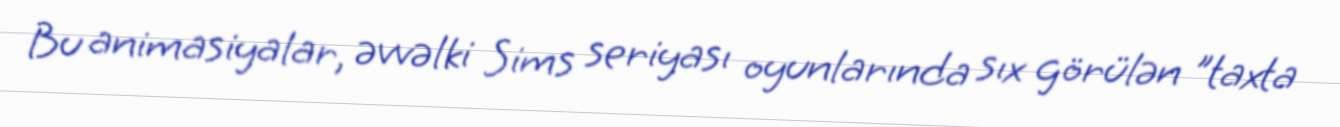
Bu animasiyalar, əvvəlki Sims seriyası oyunlarında sıx görülən "taxta